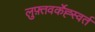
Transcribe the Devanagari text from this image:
लुफ़्तवर्केह्स्वर्त